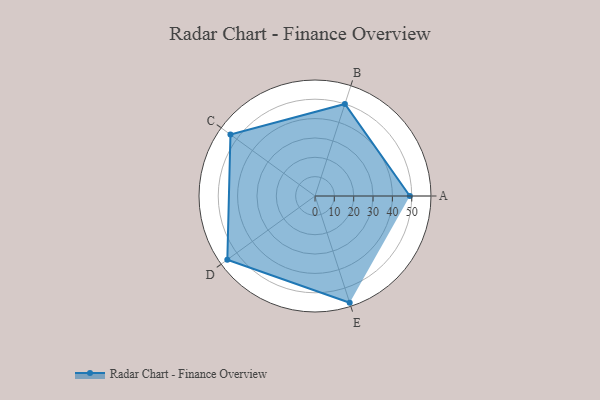
{"axis": {"x": "Skill", "y": "Score"}, "legend": ["Profile"], "data": [{"x": "A", "y": 49.0, "type": "Profile"}, {"x": "B", "y": 50.0, "type": "Profile"}, {"x": "C", "y": 54.0, "type": "Profile"}, {"x": "D", "y": 56.0, "type": "Profile"}, {"x": "E", "y": 58.0, "type": "Profile"}]}